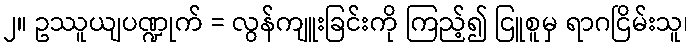
၂။ ဥဿူယျပဏ္ဍုက် = လွန်ကျူးခြင်းကို ကြည့်၍ ငြူစူမှ ရာဂငြိမ်းသူ၊